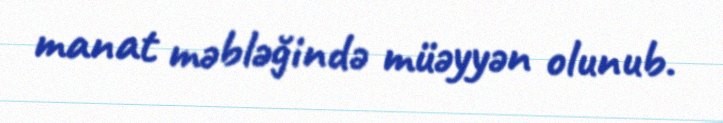
manat məbləğində müəyyən olunub.